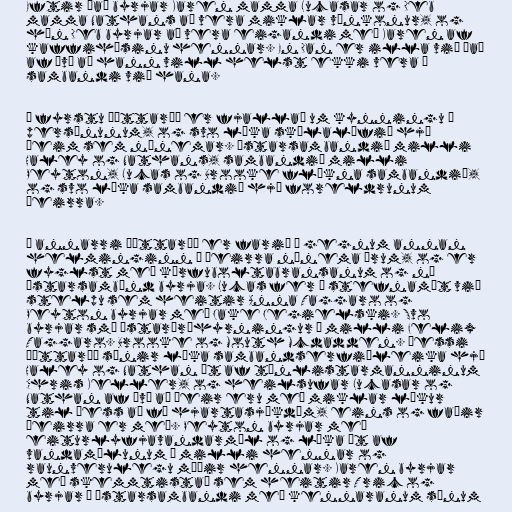
Eftir það byrjar Karen mamma Lucasar og Deb
mamma Nathans að vera miklar vínkonur, og
hún Deb byrjar að vera eigandi með Karen af
kaffihúsinu hennar. En Dan er illa við það
af því að hann vill helst ekki vera í
sambandi við hana.

Í fyrstu þáttaröð er fjallað um kynningu á
persónunum, og svo líka skólalífið hjá
þeim sem nýnemar. Ástarsambandið milli
Haley og Nathans, sambandið milli
Peyton, Lucas og Brooke flókna sambandið,
og svo líka sambandið hjá foreldrunum
þeirra.

Í annarri þáttaröð er farið í gegnum annan
helminginn á þeirra nýnema árum, og er
fyglst með körfuboltabransanum og ný
ástarsambönd byrja. Lucas fer í stefnamót við
stelpu sem heitir Anna Taggaro og
Peyton byrjar með Jake Jegielski. Svo
byrjar smá ástarþríhyrningur á milli Felix
Taggaro. Brooke og Mouth Mcdadden. Þessi
þáttaröð sýnir líka sambandserfiðleika hjá
Haley og Nathan út af tónlistarmanninum
Chris Keller, og heilsufar Lucasar og
Nathan af því að þeir eru með miklar líkur
til þess að fá hjartasjúkdóm, eins og faðir
þeirra er með. Peyton byrjar með
eiturlyfjavandarmál og líka út af
vandamálunum á milli hennar og
raunverulegu móðir hennar. Karen byrjar
með skemmtistað sem heitir Tric og
byrjar í ástarsambandi með kennaranum sínum